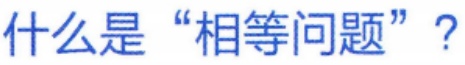
什么是“相等问题”？